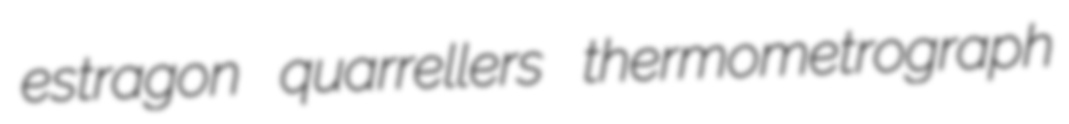
estragon quarrellers thermometrograph